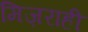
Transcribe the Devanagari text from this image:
मिज़राही